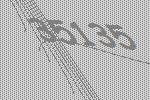
35135